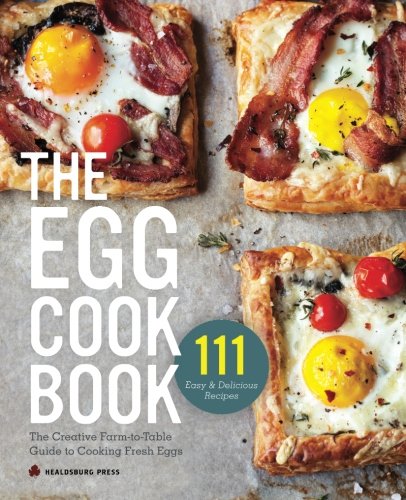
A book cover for Egg Cookbook: The Creative Farm-To-Table Guide to Cooking Fresh Eggs; Healdsburg Press; Cookbooks, Food & Wine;